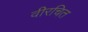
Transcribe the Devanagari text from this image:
वीरचित